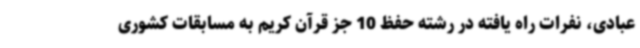
عبادی، نفرات راه یافته در رشته حفظ 10 جز قرآن کریم به مسابقات کشوری